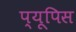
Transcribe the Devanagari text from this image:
प्यूपिस